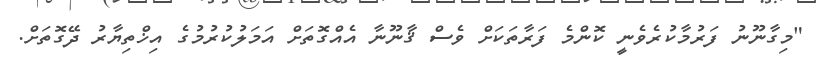
"މިގާނޫނު ފަރުމާކުރެވެނީ ކޮންމެ ފަރާތަކަށް ވެސް ޤާނޫނާ އެއްގޮތަށް އަމަލުކުރުމުގެ އިޚްތިޔާރު ދޭގޮތަށް.